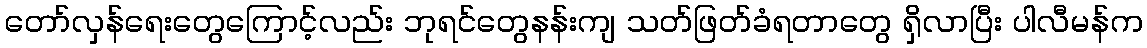
တော်လှန်ရေးတွေကြောင့်လည်း ဘုရင်တွေနန်းကျ သတ်ဖြတ်ခံရတာတွေ ရှိလာပြီး ပါလီမန်က